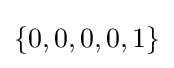
\{0,0,0,0,1\}